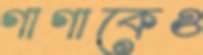
গাগাকেও